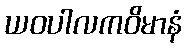
ယဝပါလကဝိမာနံ